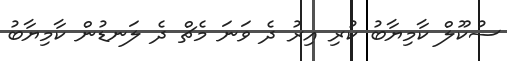
ސުކޫލް ކާމިޔާބު ކުރި އިރު ދެ ވަނަ މެޗް ދެ ލަނޑުން ކާމިޔާބު